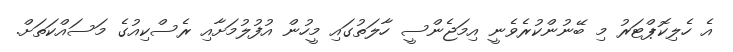
އެ ހެލިކޮޕްޓަރު މި ބޭނުންކުރެވެނީ އިމަޖެންސީ ހާލަތުގައި މީހުން އުފުލުމަށާއި ރެސްކިއުގެ މަސައްކަތަށް.